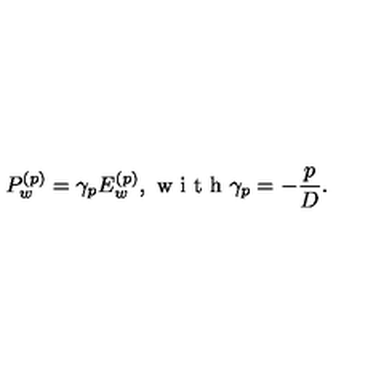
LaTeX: P _ { w } ^ { ( p ) } = \gamma _ { p } E _ { w } ^ { ( p ) } , \textrm { w i t h } \gamma _ { p } = - \frac { p } { D } .